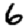
Digit: 6